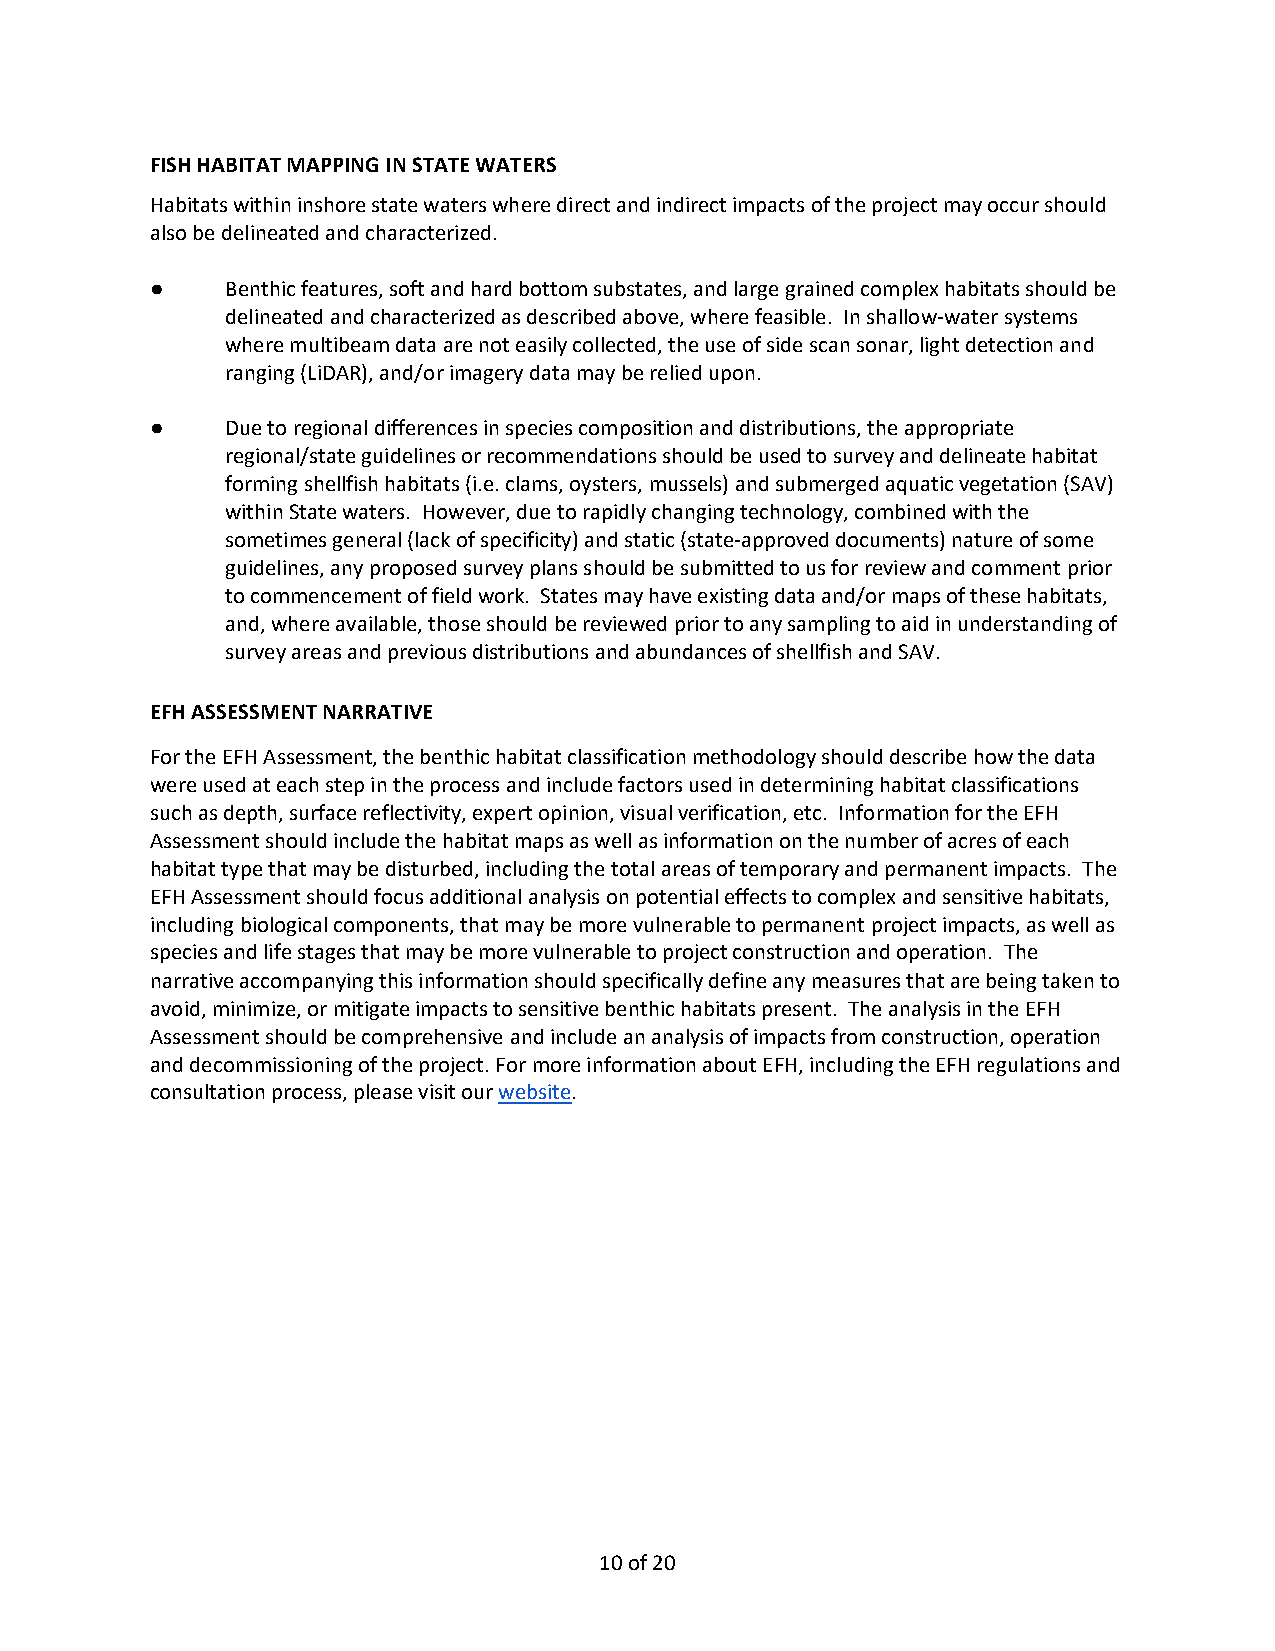
FISH HABITAT MAPPING IN STATE WATERS
 Habitats within inshore state waters where direct and indirect impacts of the project may occur should
 also be delineated and characterized.
 ●    Benthic features, soft and hard bottom substates, and large grained complex habitats should be
 delineated and characterized as described above, where feasible. In shallow-water systems
 where multibeam data are not easily collected, the use of side scan sonar, light detection and
 ranging (LiDAR), and/or imagery data may be relied upon.
 ●    Due to regional differences in species composition and distributions, the appropriate
 regional/state guidelines or recommendations should be used to survey and delineate habitat
 forming shellfish habitats (i.e. clams, oysters, mussels) and submerged aquatic vegetation (SAV)
 within State waters. However, due to rapidly changing technology, combined with the
 sometimes general (lack of specificity) and static (state-approved documents) nature of some
 guidelines, any proposed survey plans should be submitted to us for review and comment prior
 to commencement of field work. States may have existing data and/or maps of these habitats,
 and, where available, those should be reviewed prior to any sampling to aid in understanding of
 survey areas and previous distributions and abundances of shellfish and SAV.
 EFH ASSESSMENT NARRATIVE
 For the EFH Assessment, the benthic habitat classification methodology should describe how the data
 were used at each step in the process and include factors used in determining habitat classifications
 such as depth, surface reflectivity, expert opinion, visual verification, etc. Information for the EFH
 Assessment should include the habitat maps as well as information on the number of acres of each
 habitat type that may be disturbed, including the total areas of temporary and permanent impacts. The
 EFH Assessment should focus additional analysis on potential effects to complex and sensitive habitats,
 including biological components, that may be more vulnerable to permanent project impacts, as well as
 species and life stages that may be more vulnerable to project construction and operation. The
 narrative accompanying this information should specifically define any measures that are being taken to
 avoid, minimize, or mitigate impacts to sensitive benthic habitats present. The analysis in the EFH
 Assessment should be comprehensive and include an analysis of impacts from construction, operation
 and decommissioning of the project. For more information about EFH, including the EFH regulations and
 consultation process, please visit our website.
 10 of 20